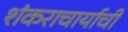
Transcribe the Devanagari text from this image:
शंकराचार्याची